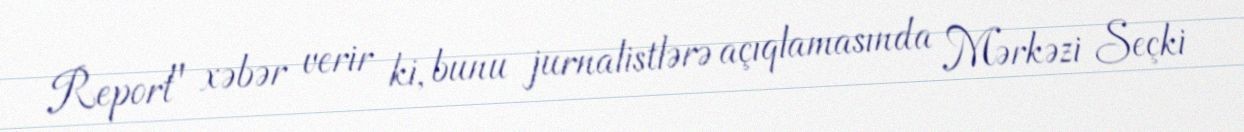
Report" xəbər verir ki, bunu jurnalistlərə açıqlamasında Mərkəzi Seçki